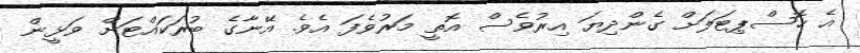
އެ ހޮސްޕިޓަލަށް ގެންދިޔަ އިރުވެސް އޮތީ މަރުވެފަ އެވެ. އޭނާގެ ބުރަކައްޓަށް ވަޅީން